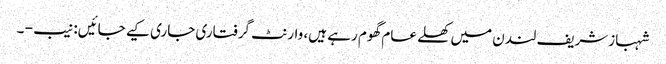
شہبازشریف لندن میں کھلے عام گھوم رہے ہیں، وارنٹ گرفتاری جاری کیے جائیں: نیب - ۔